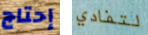
إحتاج لتفادي